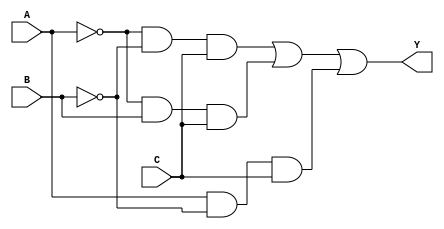
module kmap_3var (
    input wire A,  // Input variable A
    input wire B,  // Input variable B
    input wire C,  // Input variable C
    output wire Y  // Output variable Y
);

// Internal wire to represent the minterms
wire Y0, Y1, Y2, Y3, Y4, Y5, Y6, Y7;

// Define the minterms based on the input variables
assign Y0 = ~A & ~B & ~C; // A'B'C' (000)
assign Y1 = ~A & ~B & C;  // A'B'C (001)
assign Y2 = ~A & B & ~C;   // A'BC' (010)
assign Y3 = ~A & B & C;    // A'BC (011)
assign Y4 = A & ~B & ~C;   // AB'C' (100)
assign Y5 = A & ~B & C;    // AB'C (101)
assign Y6 = A & B & ~C;     // ABC' (110)
assign Y7 = A & B & C;      // ABC (111)

// Output Y is the sum of the selected minterms
// Here you can modify the expression based on which minterms are '1'
assign Y = Y1 | Y3 | Y5; // Example: Y = A'B + AB'C

endmodule